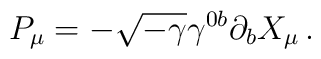
P_\mu = - \sqrt{-\gamma}\gamma^{0b} \partial_b X_\mu \, .